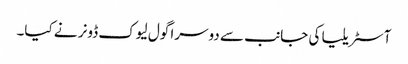
آسٹریلیا کی جانب سے دوسرا گول لیوک ڈونر نے کیا۔